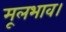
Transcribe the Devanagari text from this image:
मूलभाव।